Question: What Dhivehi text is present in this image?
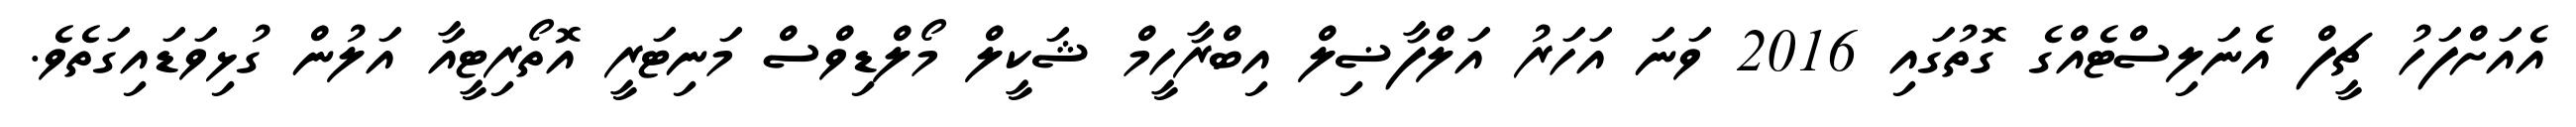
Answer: އެއަށްފަހު ޗީފް އެނަލިސްޓެއްގެ ގޮތުގައި 2016 ވަނަ އަހަރު އަލްފާޟިލް އިބްރާހީމް ޝަކީލް މޯލްޑިވްސް މަނިޓަރީ އޮތޯރިޓީއާ އަލުން ގުޅިވަޑައިގަތެވެ.